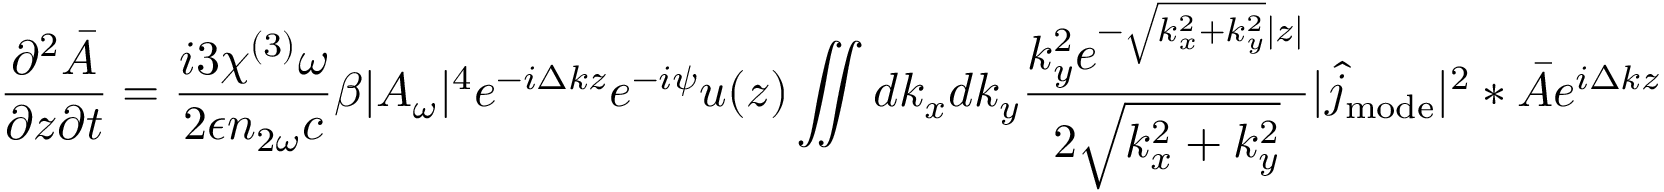
\frac { \partial ^ { 2 } \bar { A } } { \partial z \partial t } = \frac { i 3 \chi ^ { ( 3 ) } \omega } { 2 \epsilon n _ { 2 \omega } c } \beta | A _ { \omega } | ^ { 4 } e ^ { - i \Delta k z } e ^ { - i \psi } u ( z ) \iint d k _ { x } d k _ { y } \frac { k _ { y } ^ { 2 } e ^ { - \sqrt { k _ { x } ^ { 2 } + k _ { y } ^ { 2 } } | z | } } { 2 \sqrt { k _ { x } ^ { 2 } + k _ { y } ^ { 2 } } } | \hat { j } _ { \mathrm { m o d e } } | ^ { 2 } \ast \bar { A } e ^ { i \Delta k z }